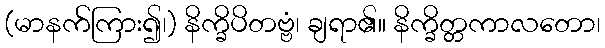
(မာနက်ကြား၍၊) နိက္ခိပိတဗ္ဗံ၊ ချရာ၏။ နိက္ခိတ္တကာလတော၊